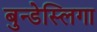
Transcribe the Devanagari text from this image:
बुन्डेस्लिगा